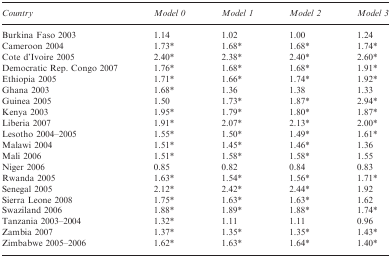
<table><thead><tr><td><b>Country</b></td><td><b>Model 0</b></td><td><b>Model 1</b></td><td><b>Model 2</b></td><td><b>Model 3</b></td></tr></thead><tbody><tr><td>Burkina Faso 2003</td><td>1.14</td><td>1.02</td><td>1.00</td><td>1.24</td></tr><tr><td>Cameroon 2004</td><td>1.73*</td><td>1.68*</td><td>1.68*</td><td>1.74*</td></tr><tr><td>Cote d’Ivoire 2005</td><td>2.40*</td><td>2.38*</td><td>2.40*</td><td>2.60*</td></tr><tr><td>Democratic Rep. Congo 2007</td><td>1.76*</td><td>1.68*</td><td>1.68*</td><td>1.91*</td></tr><tr><td>Ethiopia 2005</td><td>1.71*</td><td>1.66*</td><td>1.74*</td><td>1.92*</td></tr><tr><td>Ghana 2003</td><td>1.68*</td><td>1.36</td><td>1.38</td><td>1.33</td></tr><tr><td>Guinea 2005</td><td>1.50</td><td>1.73*</td><td>1.87*</td><td>2.94*</td></tr><tr><td>Kenya 2003</td><td>1.95*</td><td>1.79*</td><td>1.80*</td><td>1.87*</td></tr><tr><td>Liberia 2007</td><td>1.91*</td><td>2.07*</td><td>2.13*</td><td>2.00*</td></tr><tr><td>Lesotho 2004–2005</td><td>1.55*</td><td>1.50*</td><td>1.49*</td><td>1.61*</td></tr><tr><td>Malawi 2004</td><td>1.51*</td><td>1.45*</td><td>1.46*</td><td>1.36</td></tr><tr><td>Mali 2006</td><td>1.51*</td><td>1.58*</td><td>1.58*</td><td>1.55</td></tr><tr><td>Niger 2006</td><td>0.85</td><td>0.82</td><td>0.84</td><td>0.83</td></tr><tr><td>Rwanda 2005</td><td>1.63*</td><td>1.54*</td><td>1.56*</td><td>1.71*</td></tr><tr><td>Senegal 2005</td><td>2.12*</td><td>2.42*</td><td>2.44*</td><td>1.92</td></tr><tr><td>Sierra Leone 2008</td><td>1.75*</td><td>1.63*</td><td>1.63*</td><td>1.62</td></tr><tr><td>Swaziland 2006</td><td>1.88*</td><td>1.89*</td><td>1.88*</td><td>1.74*</td></tr><tr><td>Tanzania 2003–2004</td><td>1.32*</td><td>1.11</td><td>1.11</td><td>0.96</td></tr><tr><td>Zambia 2007</td><td>1.37*</td><td>1.35*</td><td>1.35*</td><td>1.43*</td></tr><tr><td>Zimbabwe 2005–2006</td><td>1.62*</td><td>1.63*</td><td>1.64*</td><td>1.40*</td></tr></tbody></table>